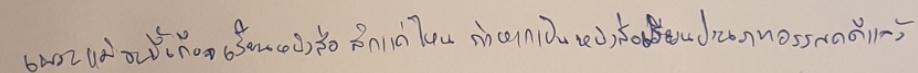
เพราะแม้จะขึ้เกียจเรียนหนังสือสักแค่ไหนถ้าหากเป็นหนังสือเรียนประเภทวรรณคดีแล้ว